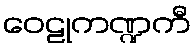
ဝေဠုကဏ္ဍကီ